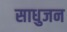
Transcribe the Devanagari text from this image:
साधुजन